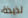
لذيذة